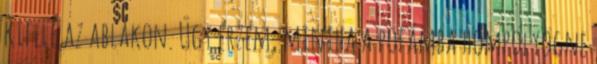
kifelé az ablakon. Úgy érzem, mintha a pofámba hömpölyögne